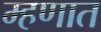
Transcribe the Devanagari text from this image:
म्हणात